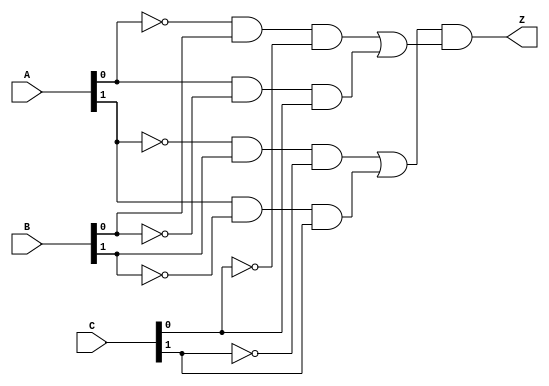
`timescale 1ns / 1ps

module Problem2(
    input [1:0] A, B, C,
    output reg Z
    );
    
    always @(A, B, C) 
        Z = ((~A[1]&B[1]&~C[1]) | (A[1]&~B[1]&C[1])) 
            & ((~A[0]&B[0]&~C[0]) | (A[0]&~B[0]&C[0]));
    
endmodule